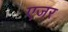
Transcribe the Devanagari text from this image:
एजर